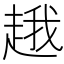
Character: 䞲